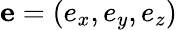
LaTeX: \mathbf e=(e_{x},e_{y},e_{z})